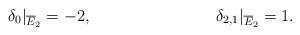
LaTeX: \begin{align*}\delta_0 |_{\overline{E}_2} &= -2, & \delta_{2,1} |_{\overline{E}_2} &= 1.\end{align*}